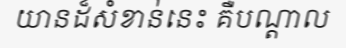
យានដ៏សំខាន់នេះ គឺបណ្តាល